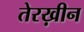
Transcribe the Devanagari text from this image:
तेरख़ीन